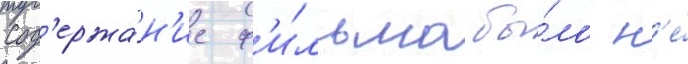
Сод'ержа́н'ие ф'и́льма бы́ло н'е́